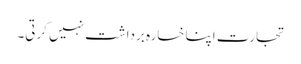
تجارت اپنا خسارہ برداشت نہیں کرتی۔